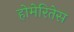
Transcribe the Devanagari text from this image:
होमेरितेस